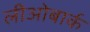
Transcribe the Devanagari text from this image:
लीओबार्क